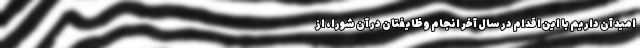
امید آن داریم با این اقدام در سال آخر انجام وظایفتان در آن شورا، از